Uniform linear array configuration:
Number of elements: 64
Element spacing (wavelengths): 0.75
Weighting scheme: uniform
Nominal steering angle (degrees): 45
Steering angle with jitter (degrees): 44.074
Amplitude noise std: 0.05
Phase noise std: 0.05

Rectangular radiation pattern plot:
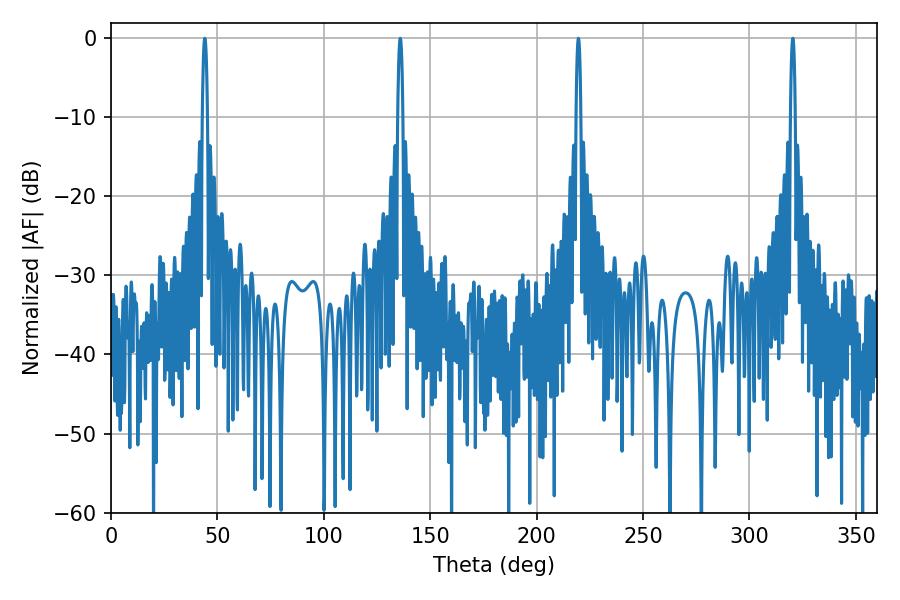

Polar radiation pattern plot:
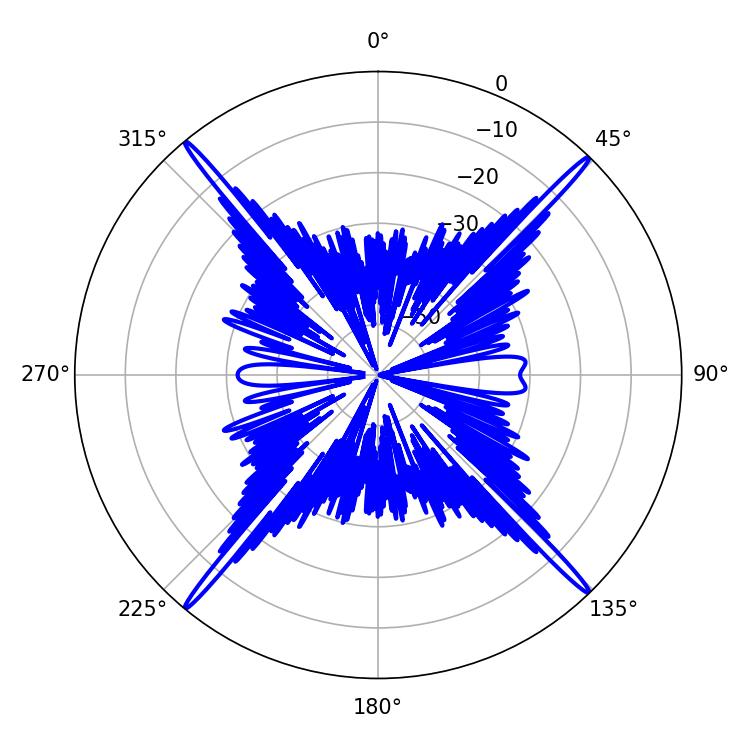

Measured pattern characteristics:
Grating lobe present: TRUE
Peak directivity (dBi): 25.429
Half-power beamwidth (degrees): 1.08
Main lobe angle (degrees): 219.6